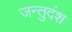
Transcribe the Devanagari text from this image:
जन्तुदंश